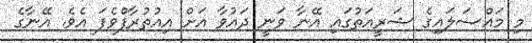
މި މައްސަލައިގެ ޝަރީއަތުގައި އޭނާ ވަނީ ދައުވާ އަށް އިއުތުރާފްވެފަ އެވެ. އޭނާގެ